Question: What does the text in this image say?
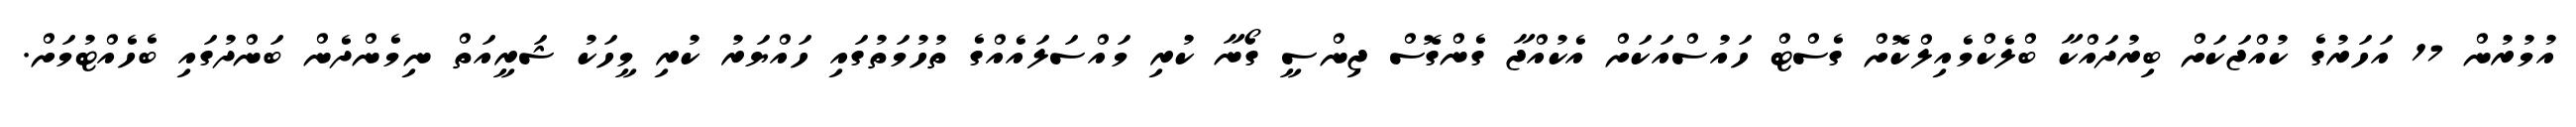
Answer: އުމުރުން 17 އަހަރުގެ ކުއްޖަކަށް ބިރުދައްކާ ބްލެކްމެއިލްކޮށް ގެސްޓް ހައުސްއަކަށް އެކުއްޖާ ގެންގޮސް ޖިންސީ ގޯނާ ކުރި މައްސަލައެއްގެ ތުހުމަތުގައި ހައްޔަރު ކުރި މީހަކު ޝަރީއަތް ނިމެންދެން ބަންދުގައި ބެހެއްޓުމަށް.